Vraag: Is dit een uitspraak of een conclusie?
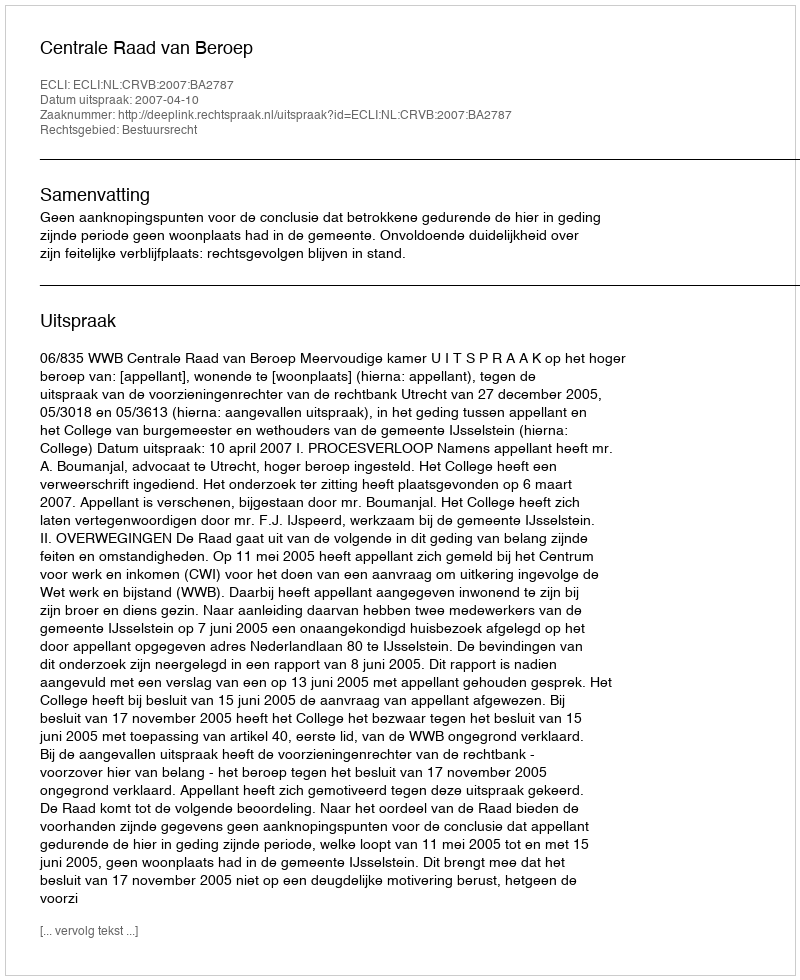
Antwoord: Uitspraak